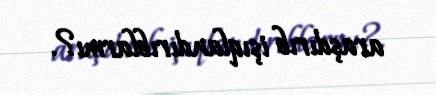
araşdırıb işıqlandırıblarmı?.